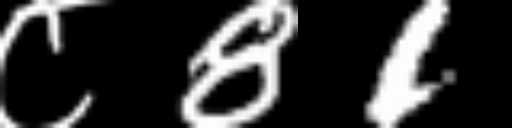
Text: ८81